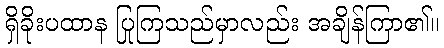
ရှိခိုးပထာန ပြုကြသည်မှာလည်း အချိန်ကြာ၏။